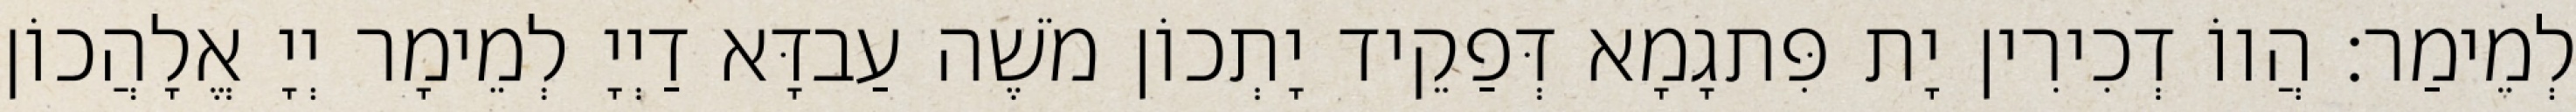
לְמֵימַר׃ הֲווֹ דְכִירִין יָת פִּתגָמָא דְּפַקֵיד יָתְכוֹן מֹשֶׁה עַבדָּא דַיְיָ לְמֵימָר יְיָ אֱלָהֲכוֹן